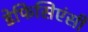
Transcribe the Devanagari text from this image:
डेफिसिएंसी